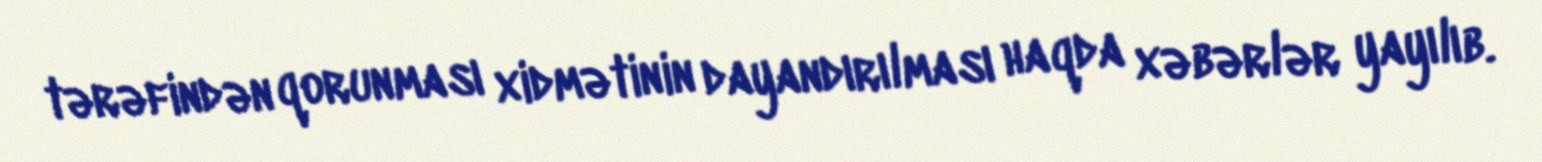
tərəfindən qorunması xidmətinin dayandırılması haqda xəbərlər yayılıb.